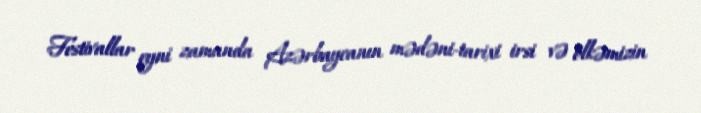
Festivallar eyni zamanda Azərbaycanın mədəni-tarixi irsi və ölkəmizin